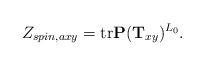
LaTeX: \begin{align*}Z_{spin,axy}= \mbox{tr} {\bf P}({\bf T}_{xy})^{L_0} .\end{align*}